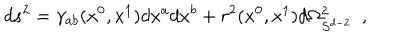
LaTeX: d s ^ { 2 } = \gamma _ { a b } ( x ^ { 0 } , x ^ { 1 } ) d x ^ { a } d x ^ { b } + r ^ { 2 } ( x ^ { 0 } , x ^ { 1 } ) d \Omega _ { S ^ { d - 2 } } ^ { 2 } ~ ~ ,